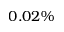
0 . 0 2 \%